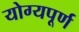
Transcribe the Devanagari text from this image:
योग्यपूर्ण